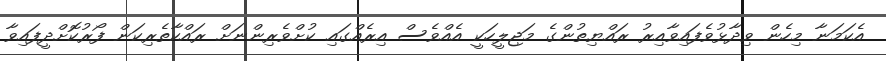
އެކަމަނާ މިހެން ވިދާޅުވެފައިވާއިރު ރައްޔިތުންގެ މަޖިލީހަކީ އެއްވެސް އިރެއްގައި ކުށްވެރިންނަށް ރައްކާތެރިކަން ފޯރުކޮށްދީފައިވާ